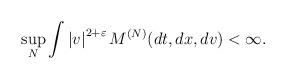
LaTeX: \begin{align*} \sup_N \int \left| v\right|^{2+\varepsilon} M^{(N)}(dt,dx,dv) < \infty. \end{align*}